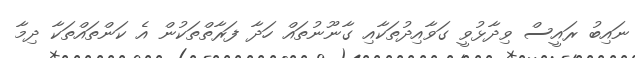
ނައިބު ރައީސް ވިދާޅުވީ ގަވާއިދުތަކާއި ގާނޫނުތައް ހަދާ ފަރާތްތަކުން އެ ކަންތައްތަކާ ދިމާ